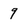
Character: 9